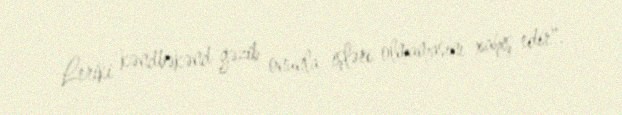
Leriki kəndbəkənd gəzib onunla işləri olmamasını xahiş edir".